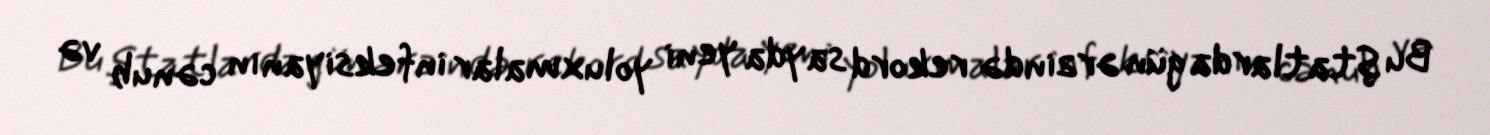
Bu ştatlarda gün ərzində rekord sayda yeni yoluxmalar infeksiyanın cənub və